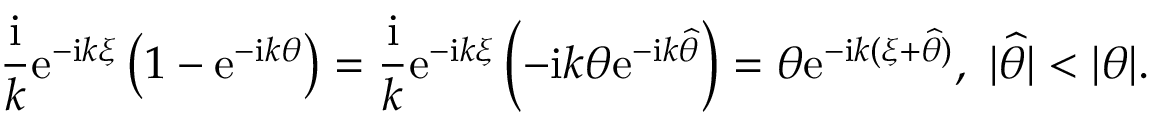
\frac { \mathrm { i } } { k } \mathrm { e } ^ { - \mathrm { i } k \xi } \left( 1 - \mathrm { e } ^ { - \mathrm { i } k \theta } \right) = \frac { \mathrm { i } } { k } \mathrm { e } ^ { - \mathrm { i } k \xi } \left( - \mathrm { i } k \theta \mathrm { e } ^ { - \mathrm { i } k \widehat { \theta } } \right) = \theta \mathrm { e } ^ { - \mathrm { i } k ( \xi + \widehat { \theta } ) } , ~ \vert \widehat { \theta } \vert < \vert \theta \vert .